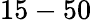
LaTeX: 15-50